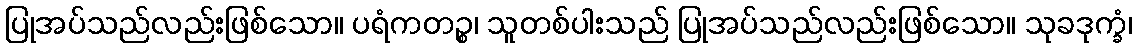
ပြုအပ်သည်လည်းဖြစ်သော။ ပရံကတဉ္စ၊ သူတစ်ပါးသည် ပြုအပ်သည်လည်းဖြစ်သော။ သုခဒုက္ခံ၊